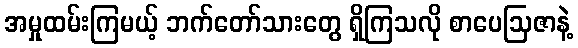
အမှုထမ်းကြမယ့် ဘက်တော်သားတွေ ရှိကြသလို စာပေဩဇာနဲ့